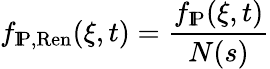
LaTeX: f_{\mathrm{I\! P,Ren}}(\xi,t)=\frac{f_{\mathrm{I\! P}}(\xi,t)}{N(s)}